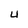
Character: 4